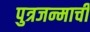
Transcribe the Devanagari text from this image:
पुत्रजन्माची